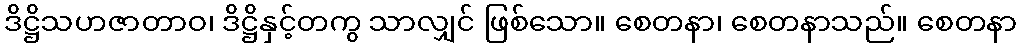
ဒိဋ္ဌိသဟဇာတာဝ၊ ဒိဋ္ဌိနှင့်တကွ သာလျှင် ဖြစ်သော။ စေတနာ၊ စေတနာသည်။ စေတနာ